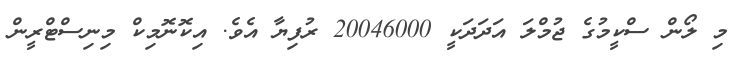
މި ލޯން ސްކީމުގެ ޖުމްލަ އަދަދަކީ 20046000 ރުފިޔާ އެވެ. އިކޮނޮމިކް މިނިސްޓްރީން